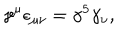
\gamma ^ { \mu } \epsilon _ { \mu \nu } = \gamma ^ { 5 } \gamma _ { \nu } ,